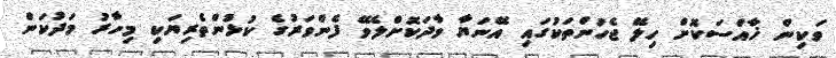
ވަކިން ޚާއްސަކޮށް ހިލޭ ޖެހުންތަކުގައި އޭނަޔާ ވާދަކޮށްލެވޭ ފެންވަރުގެ ކުޅުންތެރިޔަކި މިހާރު މަދުކަން